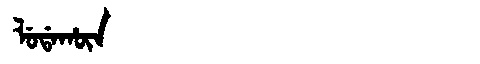
Manchu: ᠯᡠᡩᠠᡥᡡᠨ
Romanization: LUDAHŪN